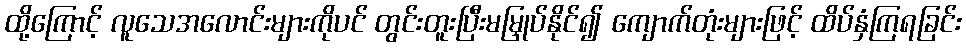
ထို့ကြောင့် လူသေအလောင်းများကိုပင် တွင်းတူးပြီးမမြှုပ်နိုင်၍ ကျောက်တုံးများဖြင့် ထိပ်နှံကြရခြင်း